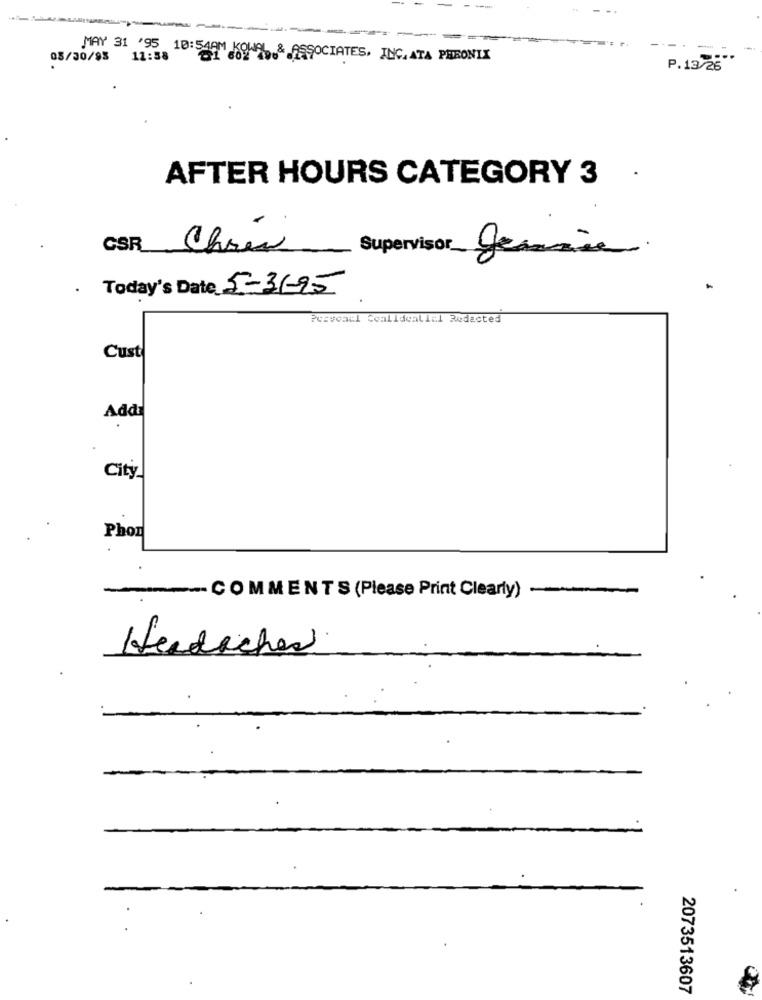
----------==
-
05/30/95 12:58
MAY 31 '95 10:54AM KOWE, & ASSOCIATES, INC.ATA PHEONIX
P.13/26
AFTER HOURS CATEGORY 3
.
CSR
Chris
Supervisor
Today's Date 5-3-95
Pcrveael coalidealiil Redacted
Cust
Addi
City
Phor
COMMENTS (Please Print Clearly)
Headaches
2073513607